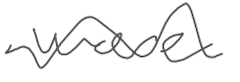
Text: were
Cross-out: wave
Writing tool: digital_gray